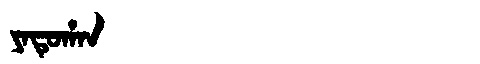
Manchu: ᠶᠠᡨᡠᡥᠠᠨ
Romanization: YATUHAN